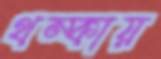
থম্‌কায়